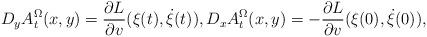
LaTeX: \begin{align*}D_yA^{\Omega}_t(x,y)=\frac{\partial L}{\partial v}(\xi(t),\dot{\xi}(t)),D_xA^{\Omega}_t(x,y)=-\frac{\partial L}{\partial v}(\xi(0),\dot{\xi}(0)),\end{align*}